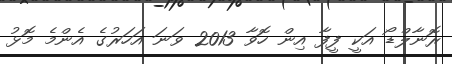
ރޮނާލްޑޯ އަކީ ފީފާ އިން ހޮވާ 2013 ވަނަ އަހަރުގެ އެންމެ މޮޅު